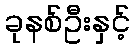
ခုနစ်ဦးနှင့်